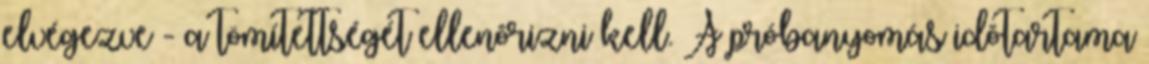
elvégezve - a tömítettségét ellenõrizni kell. A próbanyomás idõtartama